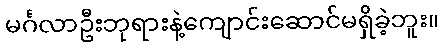
မင်္ဂလာဦးဘုရားနဲ့ကျောင်းဆောင်မရှိခဲ့ဘူး။